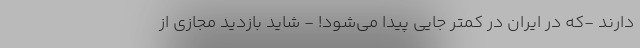
دارند -که در ایران در کمتر جایی پیدا می‌شود! - شاید بازدید مجازی از